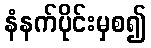
နံနက်ပိုင်းမှစ၍